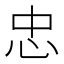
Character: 忠